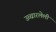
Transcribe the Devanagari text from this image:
उच्चारलेली